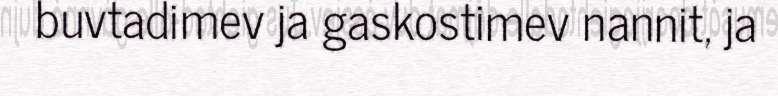
buvtadimev ja gaskostimev nannit, ja